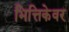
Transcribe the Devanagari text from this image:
भित्तिकेवर